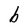
Character: b